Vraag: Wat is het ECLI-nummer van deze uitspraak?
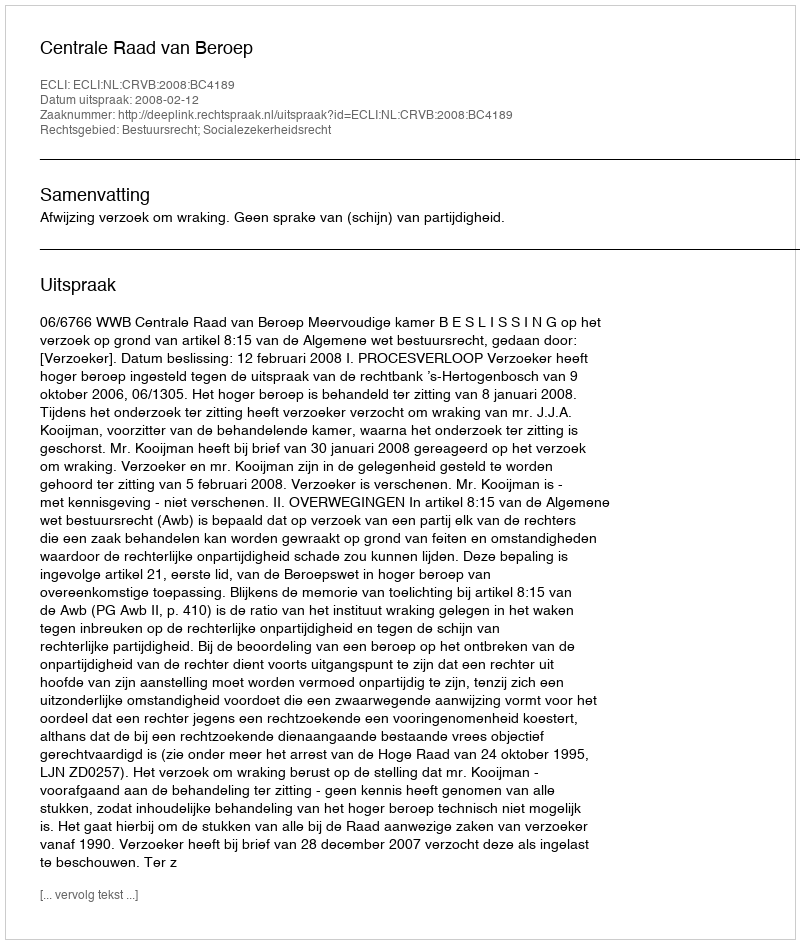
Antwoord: ECLI:NL:CRVB:2008:BC4189